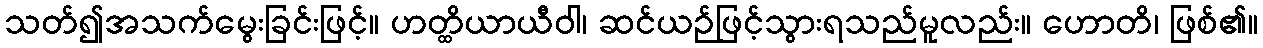
သတ်၍အသက်မွေးခြင်းဖြင့်။ ဟတ္ထိယာယီဝါ၊ ဆင်ယဉ်ဖြင့်သွားရသည်မူလည်း။ ဟောတိ၊ ဖြစ်၏။